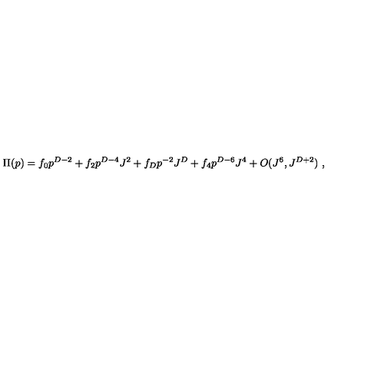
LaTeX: \Pi ( p ) = f _ { 0 } p ^ { D - 2 } + f _ { 2 } p ^ { D - 4 } J ^ { 2 } + f _ { D } p ^ { - 2 } J ^ { D } + f _ { 4 } p ^ { D - 6 } J ^ { 4 } + O ( J ^ { 6 } , J ^ { D + 2 } ) \ ,